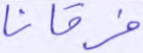
فرقانا